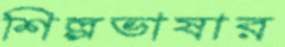
শিল্পভাষার